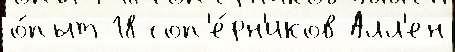
о́пыт 18 соп'е́рн'иков Алл'ен